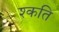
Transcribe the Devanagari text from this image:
श्कति